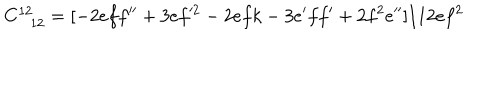
C _ { \phantom { 1 2 } 1 2 } ^ { 1 2 } = [ - 2 e f f ^ { \prime \prime } + 3 e f ^ { \prime 2 } - 2 e f k - 3 e ^ { \prime } f f ^ { \prime } + 2 f ^ { 2 } e ^ { \prime \prime } ] / 1 2 e f ^ { 2 }